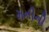
મનીની